Lunatic asylums Central Provinces reports 1874-1885 - 1874-1885
Year: 1874
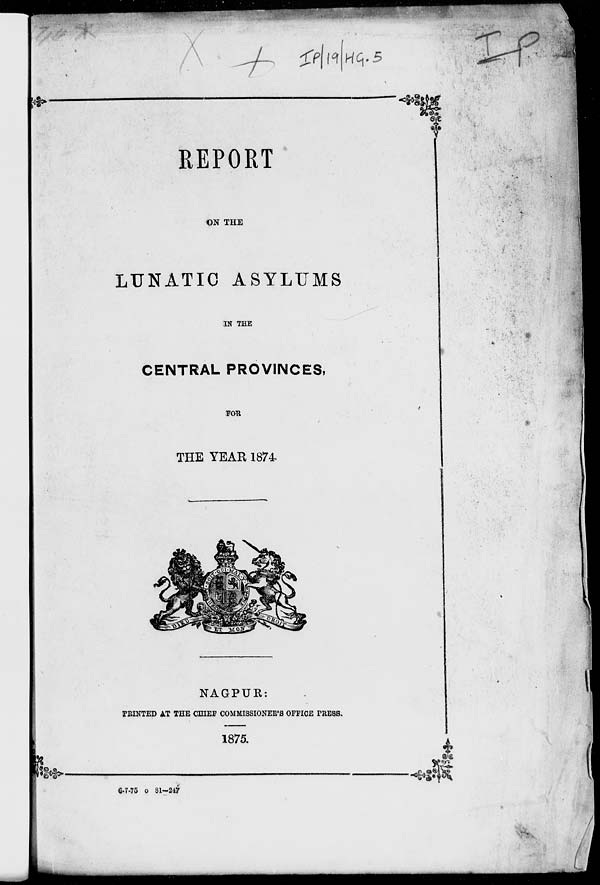
REPORT
ON THE
LUNATIC ASYLUMS
IN THE
CENTRAL PROVINCES,
FOR
THE YEAR 1874.
NAGPUR:
PRINTED AT THE CHIEF COMMISSIONER'S OFFICE PRESS.
1875.
6-7-75 o 81—247